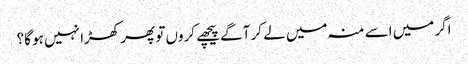
اگر میں اسے منہ میں لے کر آگے پیچھے کروں تو پھر کھڑا نہیں ہو گا؟